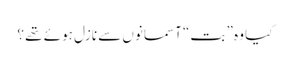
کیا وہ ” بت“ آسمانوں سے نازل ہوئے تھے ؟